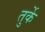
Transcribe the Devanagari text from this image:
तुर्के